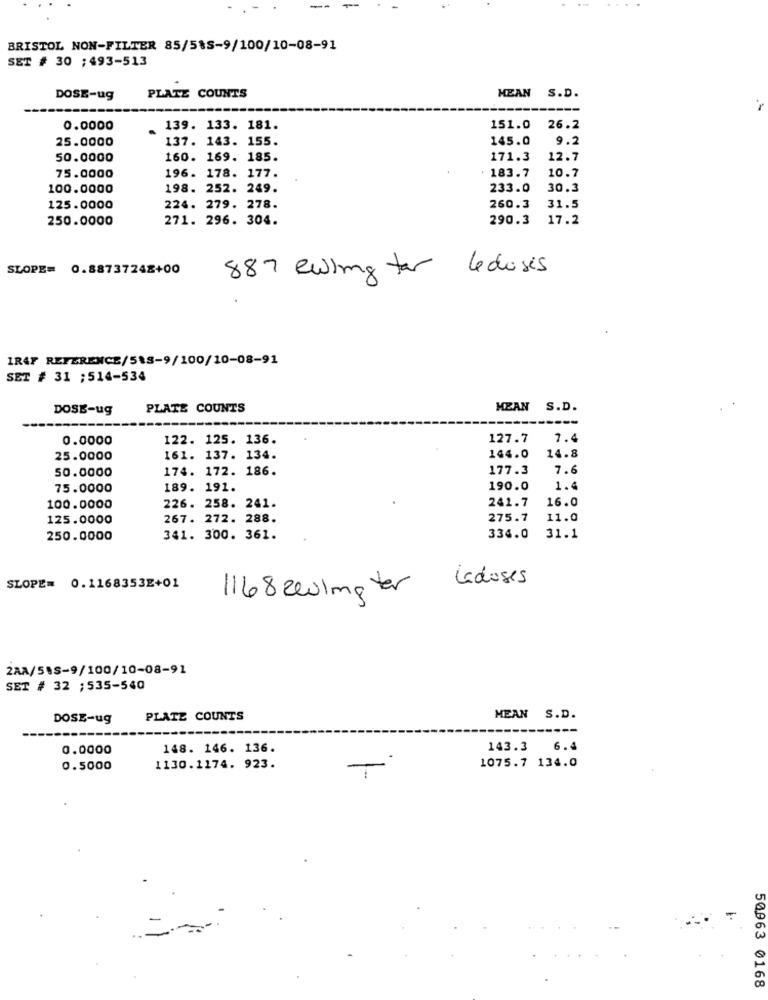
--
BRISTOL NON-FILTER 85/5%S-9/100/10-08-91
SET # 30 ; 493-513
DOSE-ug
PLATE COUNTS
HEAN S.D.
0.0000
139. 133. 181.
151.0
26.2
25.0000
137. 143. 155.
145.0
9.2
50.0000
160. 169. 185.
171.3
12.7
196. 178. 177.
183.7
10.7
75.0000
100.0000
198. 252. 249.
233.0
30.3
31.5
125.0000
224. 279. 278.
260.3
250.0000
271. 296. 304.
290.3
17.2
SLOPE= 0.88737242+00
887 ewing for
Le doses
IR4F REFERENCE/518-9/100/10-08-91
SET # 31 ;514-534
DOSE-ug
PLATE COUNTS
MEAN S.D.
0.0000
122. 125. 136.
127.7
7.4
25.0000
161. 137. 134.
144.0
14.8
174. 172. 186.
177.3
7.6
50.0000
75.0000
189. 191.
190.0
1.4
241.7
16.0
100.0000
226. 258. 241.
125.0000
267. 272. 288.
275.7
11.0
250.0000
341. 300. 361.
334.0
31.1
Ladoses
SLOPE= 0.1168353E+01
1168 Ze01mg ter
2AA/55-9/100/10-08-91
SET # 32 ;535-540
DOSE-ug
PLATE COUNTS
MEAN S.D.
---
0.0000
148. 146. 136.
143.3 6.4
0.5000
1130.1174. 923.
1075.7 134.0
50963 0168